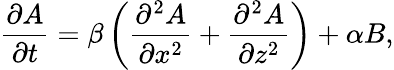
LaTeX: \frac{\partial A}{\partial t}=\beta\left({\frac{\partial^{2}A}{\partial x^{2}}+\frac{\partial^{2}A}{\partial z^{2}}}\right)+\alpha B,